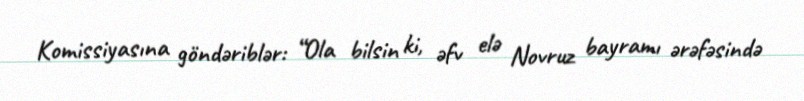
Komissiyasına göndəriblər: “Ola bilsin ki, əfv elə Novruz bayramı ərəfəsində